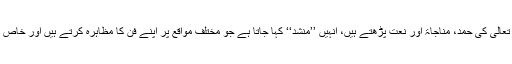
مصر میں قراء کے علاوہ کچھ لوگ ہوتے ہیں جو اللہ تعالی کی حمد، مناجاۃ اور نعت پڑھتے ہیں، انہیں ’’منشد‘‘ کہا جاتا ہے جو مختلف مواقع پر اپنے فن کا مظاہرہ کرتے ہیں اور خاص طور پر ربیع الاول شریف میں نعت خوانی کرتے ہیں۔